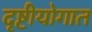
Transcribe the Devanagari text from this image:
दृष्टीयोगात